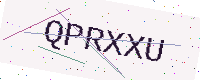
Text: QPRXXU